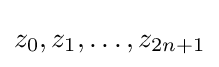
z_{0},z_{1},\ldots ,z_{2n+1}